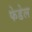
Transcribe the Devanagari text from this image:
फेडेल